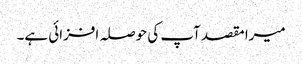
میرا مقصد آپ کی حوصلہ افزائی ہے۔